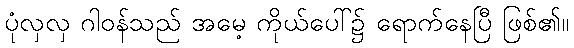
ပုံလှလှ ဂါဝန်သည် အမေ့ ကိုယ်ပေါ်၌ ရောက်နေပြီ ဖြစ်၏။